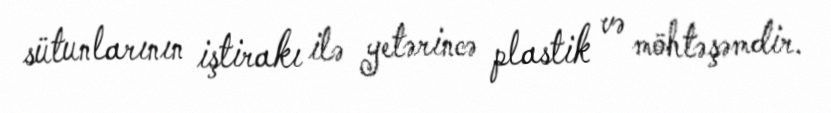
sütunlarının iştirakı ilə yetərincə plastik və möhtəşəmdir.